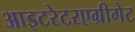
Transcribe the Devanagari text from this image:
आइटरेटरएग्रीगेट